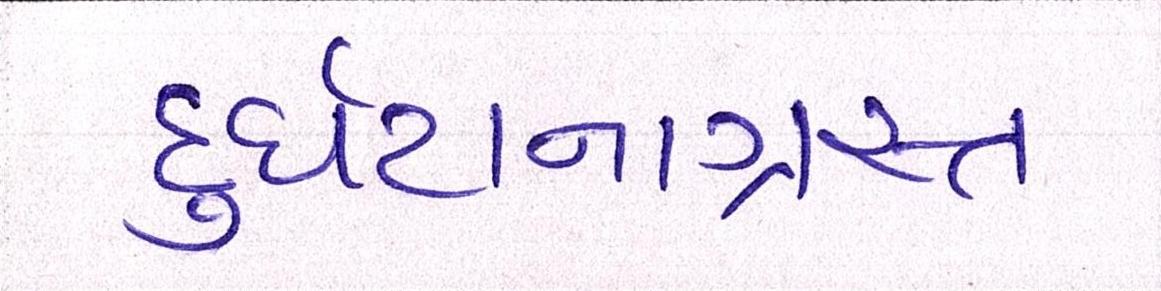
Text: દુર્ઘટનાગ્રસ્ત